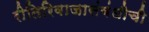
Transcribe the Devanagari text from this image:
रीतिरिवाजासंबंधीची